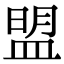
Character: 盟